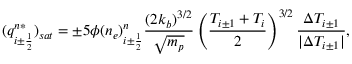
( q _ { i \pm \frac { 1 } { 2 } } ^ { n * } ) _ { s a t } = \pm 5 \phi ( n _ { e } ) _ { i \pm \frac { 1 } { 2 } } ^ { n } \frac { ( 2 k _ { b } ) ^ { 3 / 2 } } { \sqrt { m _ { p } } } \left( \frac { T _ { i \pm 1 } + T _ { i } } { 2 } \right) ^ { 3 / 2 } \frac { \Delta T _ { i \pm 1 } } { | \Delta T _ { i \pm 1 } | } ,